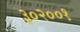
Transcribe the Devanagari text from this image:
३०२००१